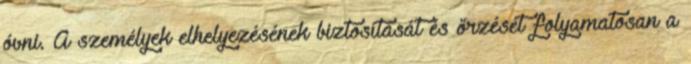
óvni. A személyek elhelyezésének biztosítását és őrzését folyamatosan a